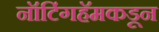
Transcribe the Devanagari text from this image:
नॉटिंगहॅमकडून